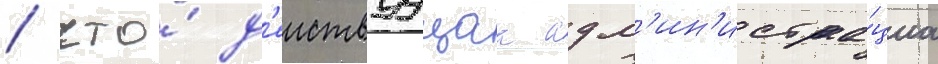
/ что́ д'еиствуущаа адм'ин'истра́циа